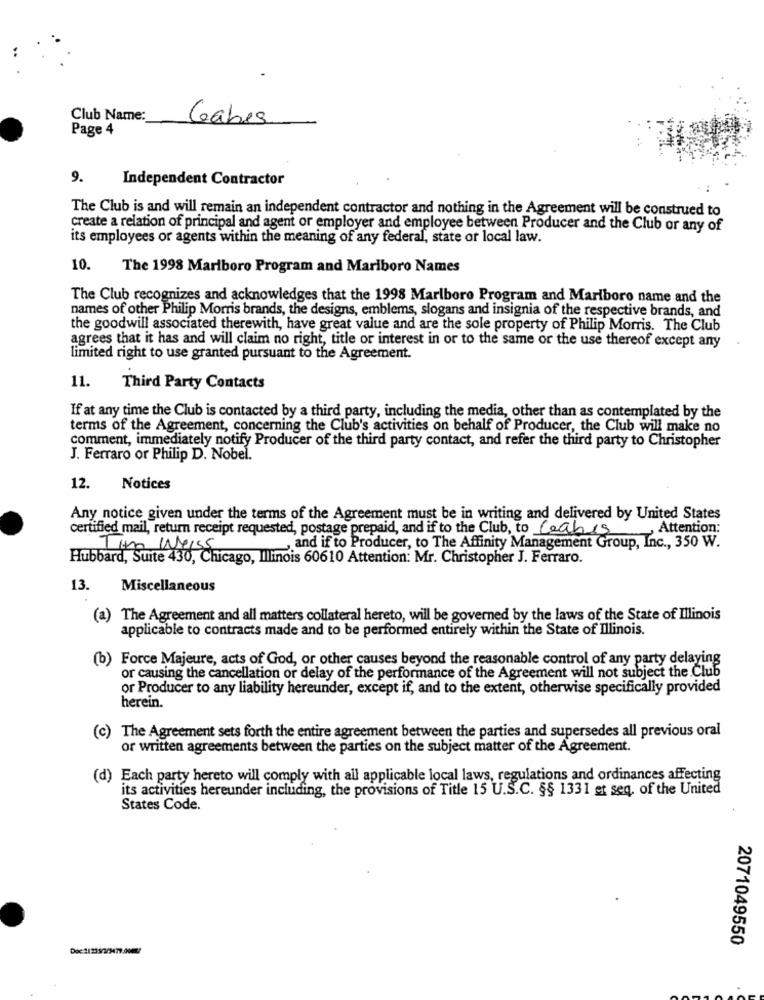
Club Name:
Gabes
Page 4
9.
Independent Contractor
The Club is and will remain an independent contractor and nothing in the Agreement will be construed to
create a relation of principal and agent or employer and employee between Producer and the Club or any of
its employees or agents within the meaning of any federal, state or local law.
10.
The 1998 Marlboro Program and Mariboro Names
The Club recognizes and acknowledges that the 1998 Marlboro Program and Marlboro name and the
names of other Philip Morris brands, the designs, emblems, slogans and insignia of the respective brands, and
the goodwill associated therewith, have great value and are the sole property of Philip Morris. The Club
agrees that it has and will claim no right, title or interest in or to the same or the use thereof except any
limited right to use granted pursuant to the Agreement.
11.
Third Party Contacts
If at any time the Club is contacted by a third party, including the media, other than as contemplated by the
terms of the Agreement, concerning the Club's activities on behalf of Producer, the Club will make no
comment, immediately notify Producer of the third party contact, and refer the third party to Christopher
J. Ferraro or Philip D. Nobel.
12. Notices
Any notice given under the terms of the Agreement must be in writing and delivered by United States
certified mail, return receipt requested, postage prepaid, and if to the Club, to Ceabis, Attention:
1 um Weiss
and if to Producer, to The Affinity Management Group, Inc ., 350 W.
Hubbard, Suite 430, Chicago, Ilinois 60610 Attention: Mr. Christopher J. Ferraro.
13.
Miscellaneous
(a) The Agreement and all matters collateral hereto, will be governed by the laws of the State of Illinois
applicable to contracts made and to be performed entirely within the State of Illinois.
(b) Force Majeure, acts of God, or other causes beyond the reasonable control of any party delaying
or causing the cancellation or delay of the performance of the Agreement will not subject the Club
or Producer to any liability hereunder, except if, and to the extent, otherwise specifically provided
herein.
(c)
The Agreement sets forth the entire agreement between the parties and supersedes all previous oral
or written agreements between the parties on the subject matter of the Agreement.
(d) Each party hereto will comply with all applicable local laws, regulations and ordinances affecting
its activities hereunder including, the provisions of Title 15 U.S.C. §§ 1331 et seq. of the United
States Code.
2071049550